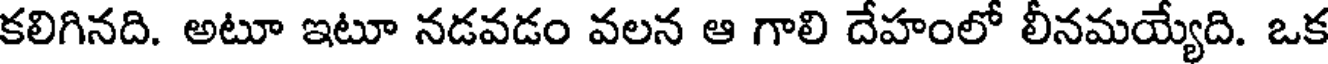
కలిగినది. అటూ ఇటూ నడవడం వలన ఆ గాలి దేహంలో లీనమయ్యేది. ఒక